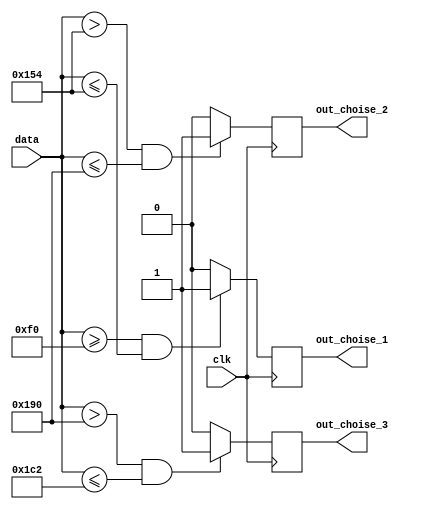
module MASS_CHOOSE(
	input wire clk,
//	input wire reset,
//	input wire enable,
	
	input wire [9:0]data,

	output reg out_choise_1,
	output reg out_choise_2,
	output reg out_choise_3
	);
	
parameter[9:0] d1 = 11'd240;
parameter[9:0] d2 = 11'd340;
parameter[9:0] d3 = 11'd400;
parameter[9:0] d4 = 11'd450;

always @ (posedge clk)
	begin
		if ((data >= d1) && (data <= d2))
				out_choise_1 = 1;
			else
				out_choise_1 = 0;
		if ((data > d2) && (data <= d3))
				out_choise_2 = 1;
			else
				out_choise_2 = 0;
		if ((data > d3) && (data <= d4))
				out_choise_3 = 1;
			else
				out_choise_3 = 0;
	end
endmodule